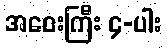
အဝေးကြီး ၄-ပါး